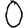
Digit: 0